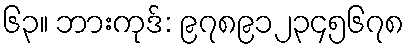
၆၃။ ဘားကုဒ်: ၉၇၈၉၁၂၃၄၅၆၇၈